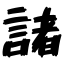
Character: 諸